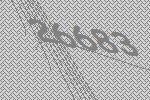
26683